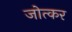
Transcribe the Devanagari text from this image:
जोत्कर